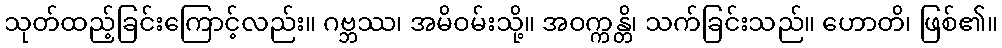
သုတ်ထည့်ခြင်းကြောင့်လည်း။ ဂဗ္ဘဿ၊ အမိဝမ်းသို့။ အဝက္ကန္တိ၊ သက်ခြင်းသည်။ ဟောတိ၊ ဖြစ်၏။